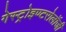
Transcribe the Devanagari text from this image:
गेस्ट्रोइण्टरोलॉजी